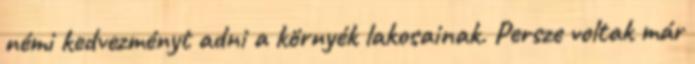
némi kedvezményt adni a környék lakosainak. Persze voltak már